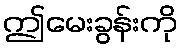
ဤမေးခွန်းကို